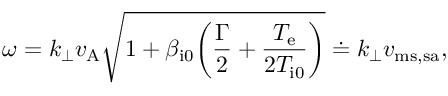
\omega = k _ { \perp } v _ { \mathrm { A } } \sqrt { 1 + \beta _ { \mathrm { i 0 } } \biggl ( \frac { \Gamma } { 2 } + \frac { T _ { \mathrm { e } } } { 2 T _ { \mathrm { i 0 } } } \biggr ) } \doteq k _ { \perp } v _ { \mathrm { m s , s a } } ,